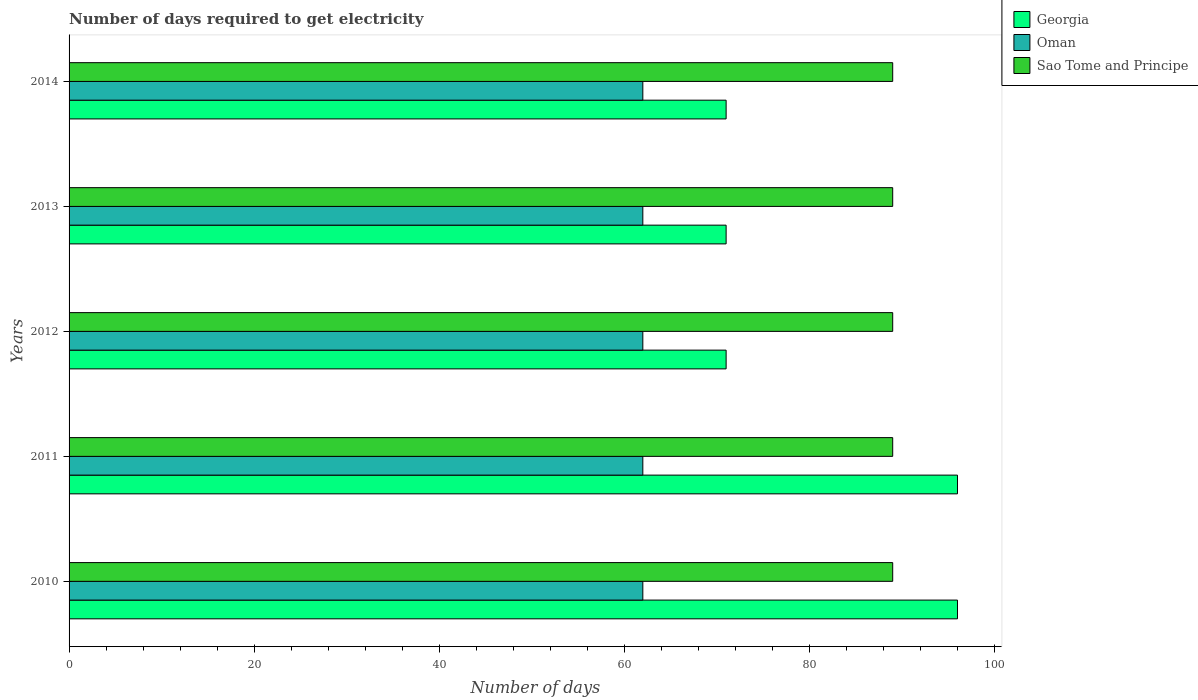
| Years | Georgia | Oman | Sao Tome and Principe |
 | --- | --- | --- | --- |
 | 2010 | 96 | 62 | 89 |
 | 2011 | 96 | 62 | 89 |
 | 2012 | 71 | 62 | 89 |
 | 2013 | 71 | 62 | 89 |
 | 2014 | 71 | 62 | 89 |